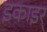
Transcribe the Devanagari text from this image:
इकाइर्